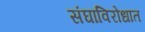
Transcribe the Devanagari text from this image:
संघाविरोधात